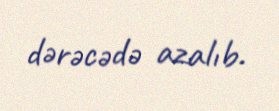
dərəcədə azalıb.